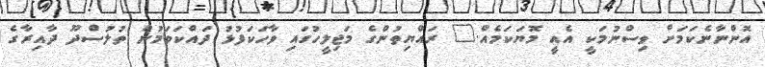
އޮންނާނެކަމަށް ވިސްނުމަކީ އެއީ މޮޔަކަމެއް." ރައްޔިތުންގެ މަޖިލީހުގައި ވާހަކަފުޅު ދައްކަވަމުން ތުލުސްދޫ ދާއިރާގެ